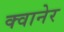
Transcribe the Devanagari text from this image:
क्वानेर